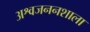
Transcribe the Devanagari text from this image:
अश्वजननशाला